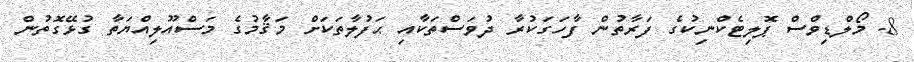
8. މޯލްޑިވްސް ޕޮލިޓެކްނިކުގެ ފަރާތުން ފާހަގަކުރާ ދުވަސްތަކާއި ޙަފުލާތަކަށް މަޤާމުގެ މަސްއޫލިއްޔަތާ ގުޅޭގޮތުން